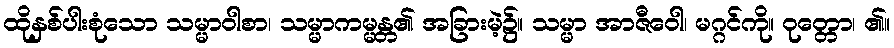
ထိုနှစ်ပါးစုံသော သမ္မာဝါစာ၊ သမ္မာကမ္မန္တ၏ အခြားမဲ့၌။ သမ္မာ အာဇီဝေါ၊ မဂ္ဂင်ကို။ ဝုတ္တော၊ ၏။